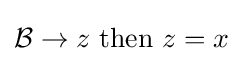
{\mathcal {B}}\to z{\text{ then }}z=x